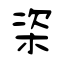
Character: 栥